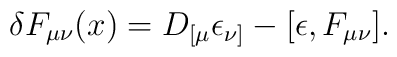
\delta F_{\mu\nu}(x) = D_{[\mu}\epsilon_{\nu]} - [\epsilon,F_{\mu\nu}].